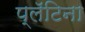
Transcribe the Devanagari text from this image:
प्लॅटिना